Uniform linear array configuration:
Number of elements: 16
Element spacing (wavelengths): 0.5
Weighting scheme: hann
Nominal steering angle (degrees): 15
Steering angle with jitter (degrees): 16.152
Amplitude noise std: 0.05
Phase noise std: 0.05

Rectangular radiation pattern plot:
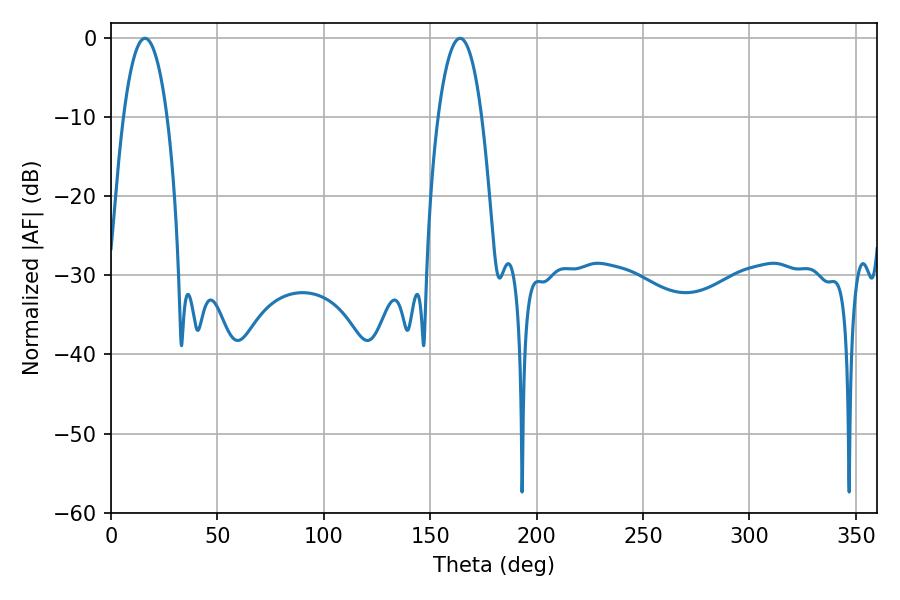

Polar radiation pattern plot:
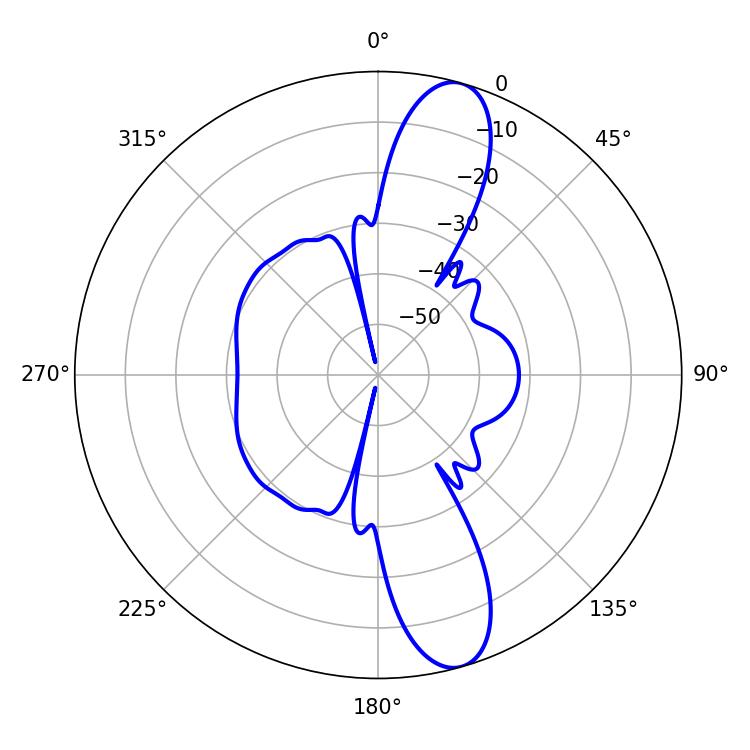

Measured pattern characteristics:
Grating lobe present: FALSE
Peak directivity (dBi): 12.386
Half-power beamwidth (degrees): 11.52
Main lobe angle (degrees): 16.02